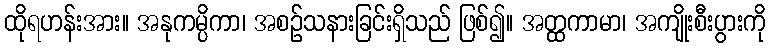
ထိုရဟန်းအား။ အနုကမ္ပိကာ၊ အစဉ်သနားခြင်းရှိသည် ဖြစ်၍။ အတ္ထကာမာ၊ အကျိုးစီးပွားကို